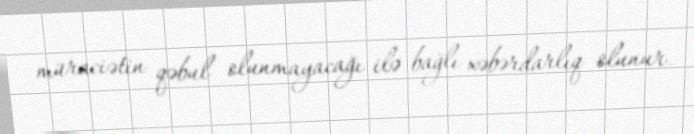
müraciətin qəbul olunmayacağı ilə bağlı xəbərdarlıq olunur.